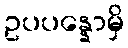
ဥပပန္နောမှိ